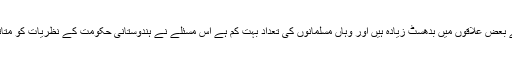
کشمیر کے بعض علاقوں میں بدھسٹ زیادہ ہیں اور وہاں مسلمانوں کی تعداد بہت کم ہے اس مسئلے نے ہندوستانی حکومت کے نظریات کو متاثر کیا ہے۔